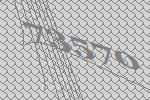
73570